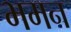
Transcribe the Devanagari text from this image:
भमन